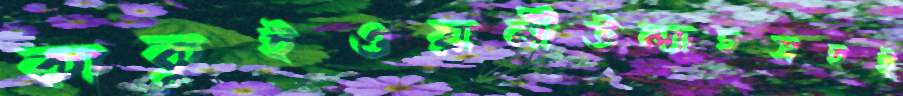
কাকুইওয়ালীউল্যাহসহই